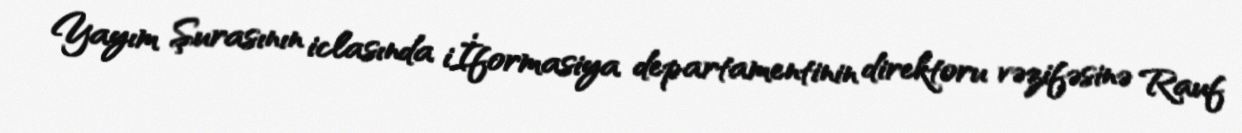
Yayım Şurasının iclasında iİformasiya departamentinin direktoru vəzifəsinə Rauf